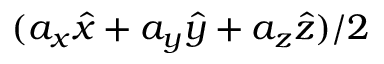
( a _ { x } \hat { x } + a _ { y } \hat { y } + a _ { z } \hat { z } ) / 2